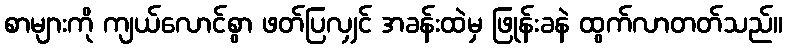
စာများကို ကျယ်လောင်စွာ ဖတ်ပြလျှင် အခန်းထဲမှ ဖြုန်းခနဲ ထွက်လာတတ်သည်။